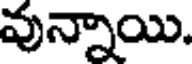
వున్నాయి.